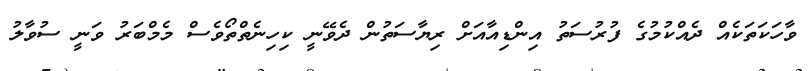
ވާހަކަތަކެއް ދެއްކުމުގެ ފުރުސަތު އިންޑިއާއަށް ރިޔާސަތުން ދެވޭނީ ކިހިނެތްތޯވެސް މެމްބަރު ވަނީ ސުވާލު